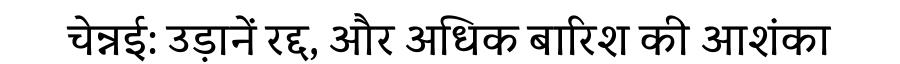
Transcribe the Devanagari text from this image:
चेन्नई: उड़ानें रद्द, और अधिक बारिश की आशंका